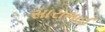
સારાભાઈ